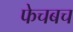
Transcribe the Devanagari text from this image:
फेचबच